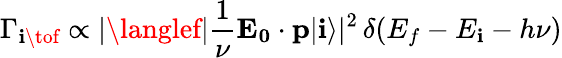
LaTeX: \Gamma_{\mathbf{i}\tof}\propto|\langlef|{\frac{{1}}{{\nu}}}\mathbf{{E_{0}}}\cdot\mathbf{{p}}|\mathbf{i}\rangle|^{2}\, \delta(E_{f}-E_{\mathbf{i}}-h\nu)